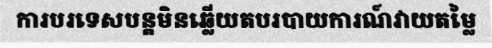
ការបរទេសបន្តមិនឆ្លើយតបរបាយការណ៍វាយតម្លៃ